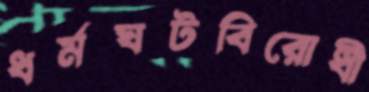
ধর্মঘটবিরোধী